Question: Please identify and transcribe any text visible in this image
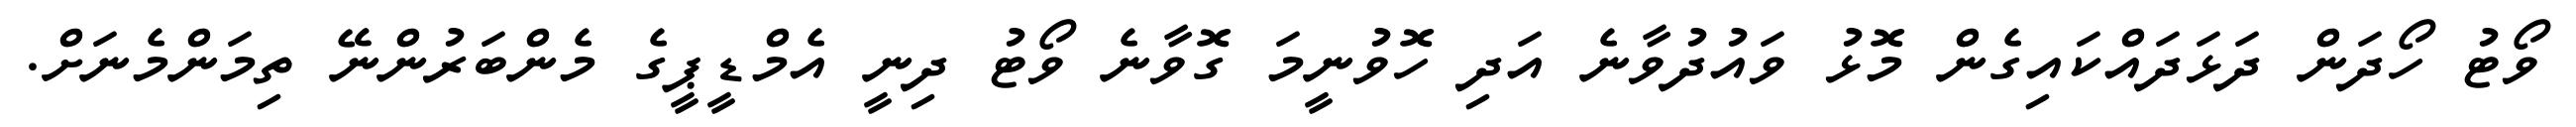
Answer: ވޯޓު ހޯދަން ދަޅަދައްކައިގެން މޮޅު ވައުދުވާނެ އަދި ހޮވުނީމަ ގޮވާނެ ވޯޓު ދިނީ އެމްޑީޕީގެ މެންބަރުންނޭ ތިމަންމެނަށް.